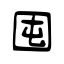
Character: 囤